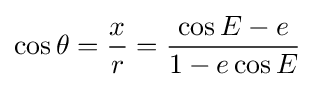
\cos \theta ={\frac {x}{r}}={\frac {\cos E-e}{1-e\cos E}}